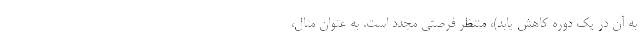
به آن در یک دوره کاهش یابد)، منتظر فرصتی مجدد است. به عنوان مثال،